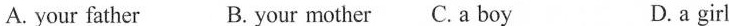
A.your father B.Your mother C.A boy D.a girl